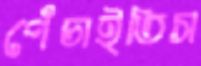
পেঁচাইতিস